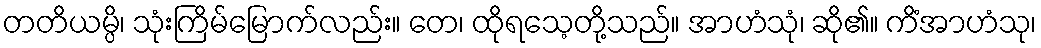
တတိယမ္ပိ၊ သုံးကြိမ်မြောက်လည်း။ တေ၊ ထိုရသေ့တို့သည်။ အာဟံသုံ၊ ဆို၏။ ကိံအာဟံသု၊